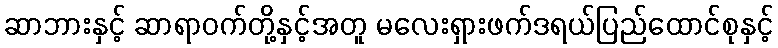
ဆာဘားနှင့် ဆာရာဝက်တို့နှင့်အတူ မလေးရှားဖက်ဒရယ်ပြည်ထောင်စုနှင့်